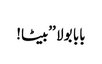
بابا بولا ’’بیٹا!